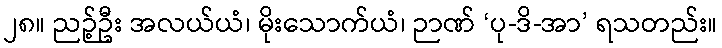
၂၈။ ညဉ့်ဦး အလယ်ယံ၊ မိုးသောက်ယံ၊ ဉာဏ် ‘ပု-ဒိ-အာ’ ရသတည်း။